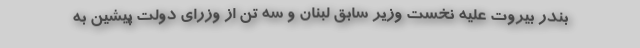
بندر بیروت علیه نخست وزیر سابق لبنان و سه تن از وزرای دولت پیشین به